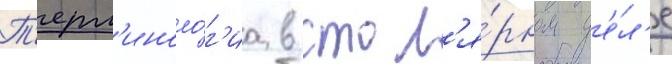
Т'ерм'иноло́г'иа в стол'я́рном д'е́л'е